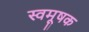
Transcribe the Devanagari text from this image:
स्वमूषक